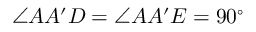
\angle A A ^ { \prime } D = \angle A A ^ { \prime } E = 9 0 ^ { \circ }